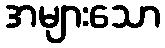
အများသော